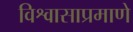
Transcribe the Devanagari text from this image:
विश्वासाप्रमाणे